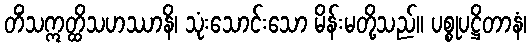
တိံသဣတ္ထိသဟဿာနိ၊ သုံးသောင်းသော မိန်းမတို့သည်။ ပစ္စုပဋ္ဌိတာနံ၊